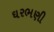
ઘરભણી